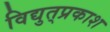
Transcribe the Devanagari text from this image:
विद्युत्‌प्रकाश